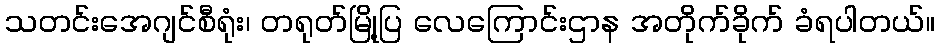
သတင်းအေဂျင်စီရုံး၊ တရုတ်မြို့ပြ လေကြောင်းဌာန အတိုက်ခိုက် ခံရပါတယ်။